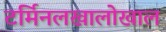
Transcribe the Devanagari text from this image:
टर्मिनलखालोखाल